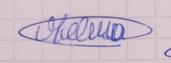
Signature authenticity: genuine